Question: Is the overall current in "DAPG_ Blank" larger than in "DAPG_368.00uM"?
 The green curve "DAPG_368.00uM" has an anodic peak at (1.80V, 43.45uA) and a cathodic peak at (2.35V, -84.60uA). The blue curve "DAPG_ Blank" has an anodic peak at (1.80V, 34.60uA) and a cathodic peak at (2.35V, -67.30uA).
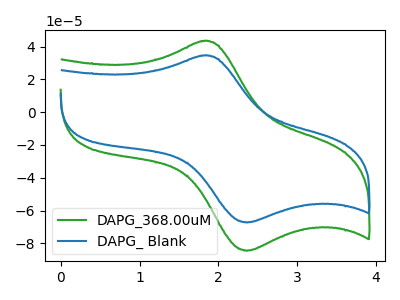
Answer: <think>All the peaks in "DAPG_ Blank" have a peak in "DAPG_368.00uM" at the same potential. Every peak in "DAPG_ Blank" is lower than every peak in "DAPG_368.00uM".
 </think>
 <answer>"DAPG_ Blank" has less signal than "DAPG_368.00uM".</answer>
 <eval>less_signal</eval>